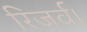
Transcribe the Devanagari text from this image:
रिजर्व।